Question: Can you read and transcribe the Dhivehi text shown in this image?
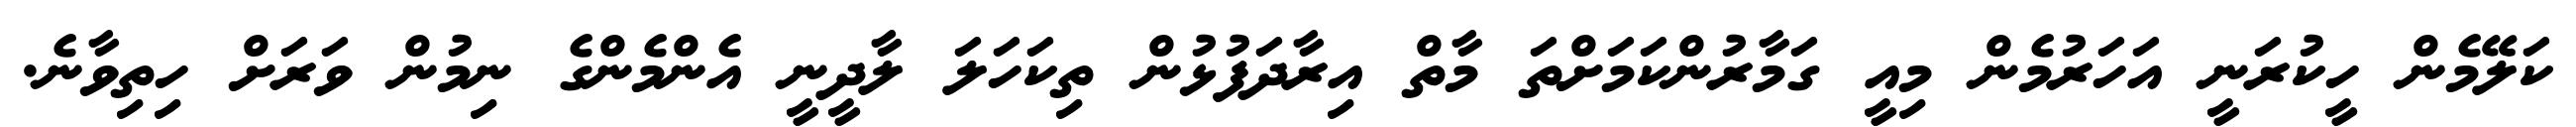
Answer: ކަލޭމެން ހީކުރަނީ އަހަރުމެން މިއީ ގަމާރުންކަމަށްތަ މާތް އިރާދަފުޅުން ތިކަހަލަ ލާދީނީ އެންމެންގެ ނިމުން ވަރަށް ހިތިވާނެ.